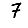
Digit: 7